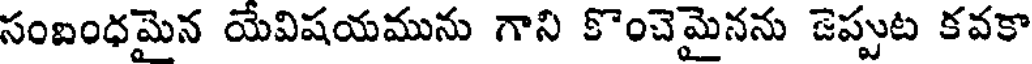
సంబంధమైన యేవిషయమును గాని కొంచెమైనను జెప్పుట కవకా